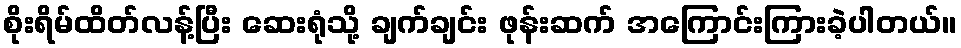
စိုးရိမ်ထိတ်လန့်ပြီး ဆေးရုံသို့ ချက်ချင်း ဖုန်းဆက် အကြောင်းကြားခဲ့ပါတယ်။